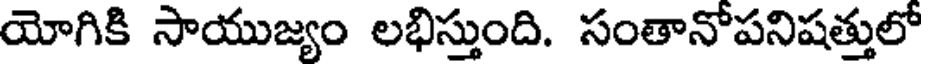
యోగికి సాయుజ్యం లభిస్తుంది. సంతానోపనిషత్తులో